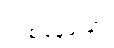
တစ်နေ့သော်